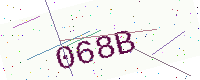
Text: 068B